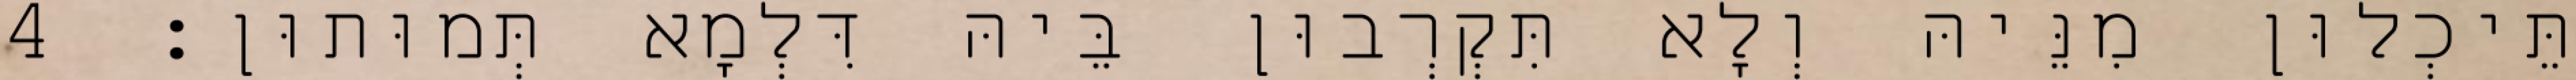
תֵּיכְלוּן מִנֵּיהּ וְלָא תִּקְרְבוּן בֵּיהּ דִּלְמָא תְּמוּתוּן׃ 4